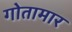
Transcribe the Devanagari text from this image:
गोतामार